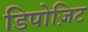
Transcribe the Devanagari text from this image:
डिपोज़िट